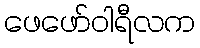
ဖေဖော်ဝါရီလက